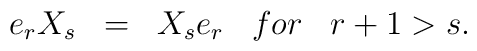
e_rX_s\;\;=\;\;X_se_r \;\;\; for\;\;\; r+1>s.